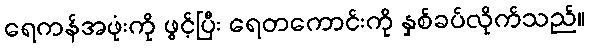
ရေကန်အဖုံးကို ဖွင့်ပြီး ရေတကောင်းကို နှစ်ခပ်လိုက်သည်။